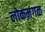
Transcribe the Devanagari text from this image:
लोकमंगळ